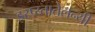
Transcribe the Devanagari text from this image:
इस्प्य्तातेलन्यी